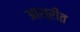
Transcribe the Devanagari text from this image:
आश्रीत